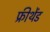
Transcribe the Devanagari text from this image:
फ्रीथेंड